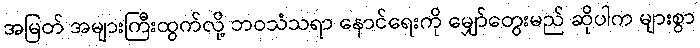
အမြတ် အများကြီးထွက်လို့ ဘဝသံသရာ နောင်ရေးကို မျှော်တွေးမည် ဆိုပါက များစွာ